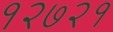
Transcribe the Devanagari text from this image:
१२७२१